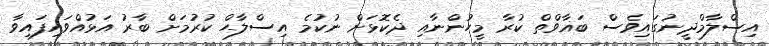
އިސްލާމްދީނުގައިވެސް ބަޣާވްތް ކުރާ މީހުންނާއި ދެކޮޅަށް ނުކުމެ އިސްލާޙް ކުރުމަށް ބާރު އަޅުއްވައިފައިވާ